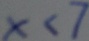
x < 7